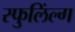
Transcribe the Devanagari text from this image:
स्फुलिंल्ग